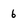
Character: 6